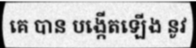
គេ បាន បង្កើតឡើង នូវ